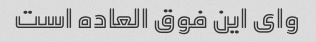
وای این فوق العاده است